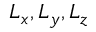
L _ { x } , L _ { y } , L _ { z }